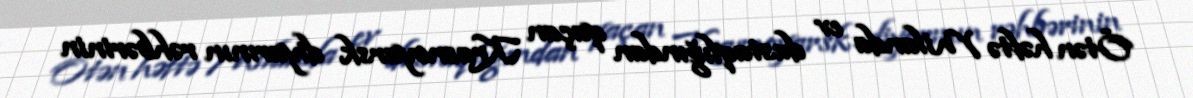
Ötən həftə Milanda ev dustaqlığından qaçan Krasnoyarsk diyarının rəhbərinin